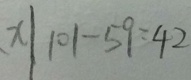
x \vert 1 0 1 - 5 9 = 4 2